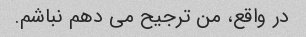
در واقع، من ترجیح می دهم نباشم.